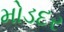
મોડદર